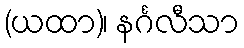
(ယထာ)၊ နင်္ဂလီသာ